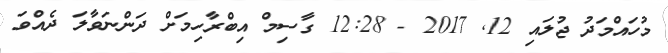
މުހައްމަދު ޖުލައި 12